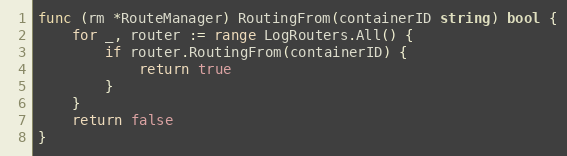
Language: Go
func (rm *RouteManager) RoutingFrom(containerID string) bool {
	for _, router := range LogRouters.All() {
		if router.RoutingFrom(containerID) {
			return true
		}
	}
	return false
}